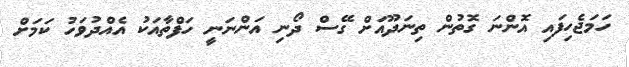
ހަމަޖެހިފައި އޮންނަ ގޮތުން ތިނަދޫއަށް ގޭސް ދޯނި އަންނަނީ ހަފްތާއަކު އެއްދުވަހު ކަމަށް